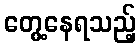
တွေ့နေရသည့်